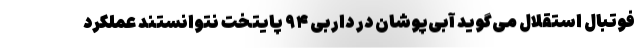
فوتبال استقلال می‌گوید آبی‌پوشان در داربی ۹۴ پایتخت نتوانستند عملکرد